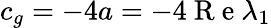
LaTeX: c_{g}=-4a=-4\mathrm{~R~e~}\lambda_{1}